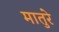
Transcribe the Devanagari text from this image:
मातुरे